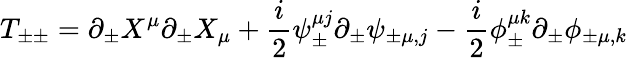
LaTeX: T_{\pm\pm}=\partial_{\pm}X^{\mu}\partial_{\pm}X_{\mu}+\frac{i}{2}\psi_{\pm}^{\mu j}\partial_{\pm}\psi_{\pm\mu,j}-\frac{i}{2}\phi_{\pm}^{\mu k}\partial_{\pm}\phi_{\pm\mu,k}